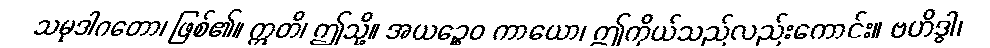
သမုဒါဂတော၊ ဖြစ်၏။ ဣတိ၊ ဤသို့။ အယဉ္စေဝ ကာယော၊ ဤကိုယ်သည်လည်းကောင်း။ ဗဟိဒ္ဓါ၊